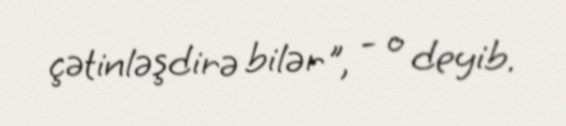
çətinləşdirə bilər", - o deyib.